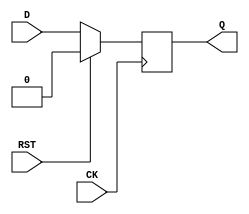
module DFF ( CK, RST, D, Q );
    input CK, RST, D;
    output Q;
    reg Q;

    always @( posedge CK )
        if( RST )
            Q <= 1'b0;
        else
            Q <= D;

endmodule